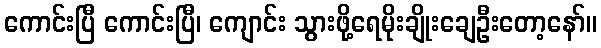
ကောင်းပြီ ကောင်းပြီ၊ ကျောင်း သွားဖို့ရေမိုးချိုးချေဦးတော့နော်။